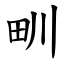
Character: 甽